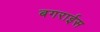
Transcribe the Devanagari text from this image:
बगराईस